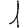
Digit: 1